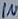
Text: in